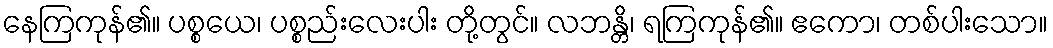
နေကြကုန်၏။ ပစ္စယေ၊ ပစ္စည်းလေးပါး တို့တွင်။ လဘန္တိ၊ ရကြကုန်၏။ ဧကော၊ တစ်ပါးသော။